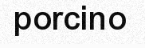
porcino